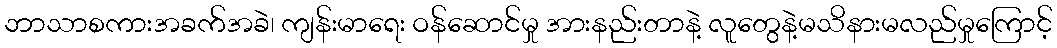
ဘာသာစကားအခက်အခဲ၊ ကျန်းမာရေး ဝန်ဆောင်မှု အားနည်းတာနဲ့ လူတွေနဲ့မသိနားမလည်မှုကြောင့်